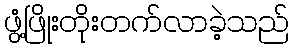
ဖွံ့ဖြိုးတိုးတက်လာခဲ့သည်